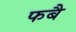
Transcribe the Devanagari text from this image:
फबै